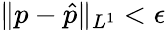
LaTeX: \| p-\hat{p}\| _{L^{1}}<\epsilon